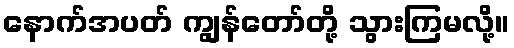
နောက်အပတ် ကျွန်တော်တို့ သွားကြမလို့။